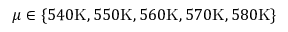
\mu \in \{ 5 4 0 \mathrm { K } , 5 5 0 \mathrm { K } , 5 6 0 \mathrm { K } , 5 7 0 \mathrm { K } , 5 8 0 \mathrm { K } \}